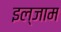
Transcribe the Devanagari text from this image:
इल्‍जाम